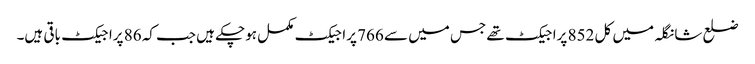
ضلع شانگلہ میں کل 852 پراجیکٹ تھے جس میں سے 766 پراجیکٹ مکمل ہوچکے ہیں جب کہ 86 پراجیکٹ باقی ہیں۔